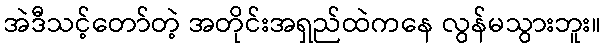
အဲဒီသင့်တော်တဲ့ အတိုင်းအရှည်ထဲကနေ လွန်မသွားဘူး။